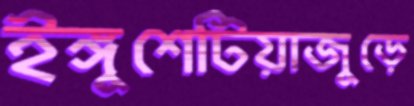
ইঙ্গুশেটিয়াজুড়ে